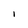
Character: I